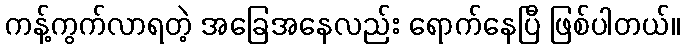
ကန့်ကွက်လာရတဲ့ အခြေအနေလည်း ရောက်နေပြီ ဖြစ်ပါတယ်။